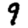
Digit: 9